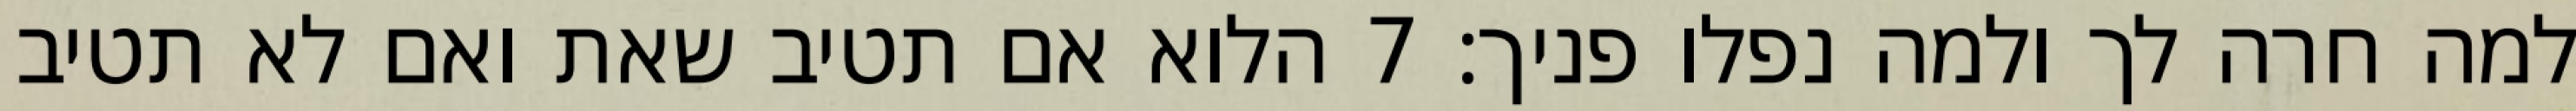
למה חרה לך ולמה נפלו פניך׃ ‎7‏ הלוא אם תטיב שאת ואם לא תטיב